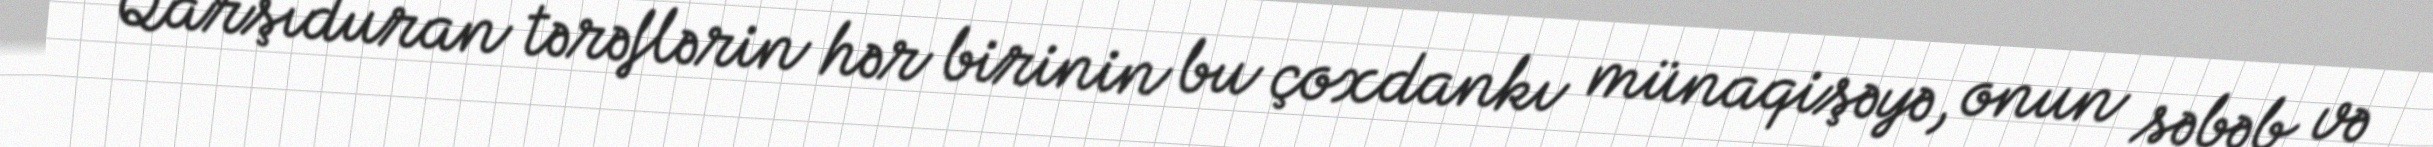
“Qarşıduran tərəflərin hər birinin bu çoxdankı münaqişəyə, onun səbəb və